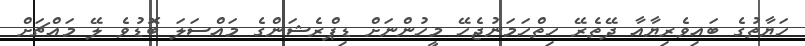
ހަޔާތުގެ ބައިވެރިޔާއާ ދޭތެރޭ ހިތްހަމަނުޖެހޭ މީހުންނަށް ޑިޕްރެޝަންގެ މައްސަލަ ބޮޑުވެ ލޭ މައްޗަށް